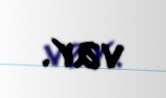
var.